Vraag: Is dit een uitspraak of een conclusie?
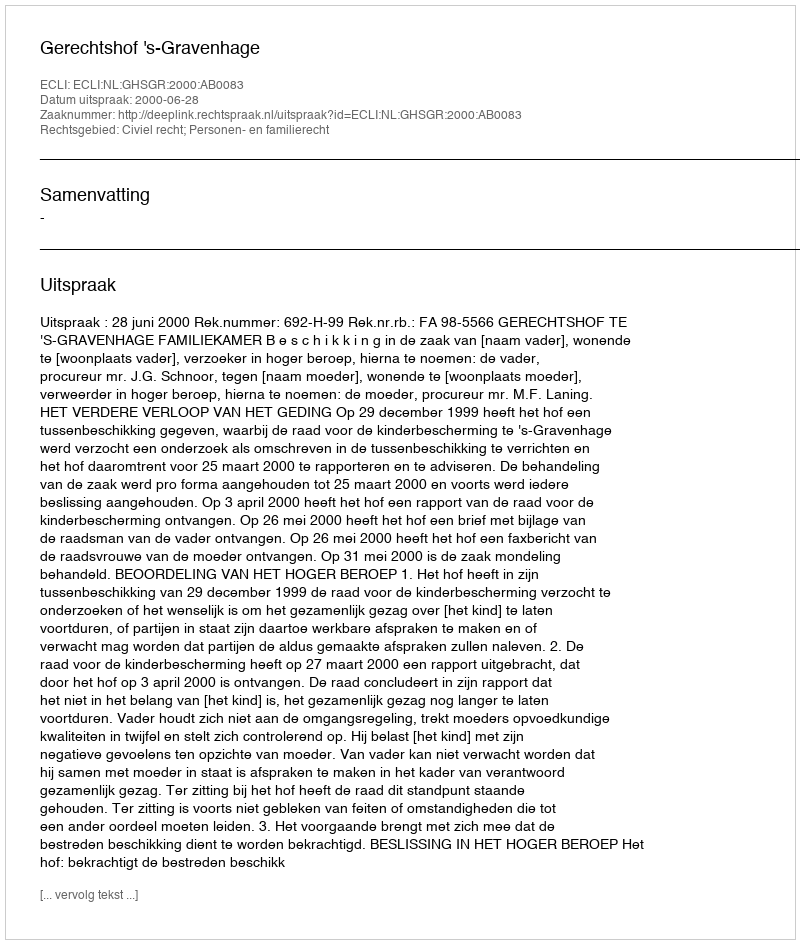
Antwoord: Uitspraak